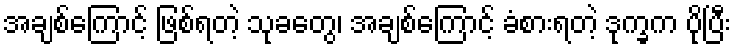
အချစ်ကြောင့် ဖြစ်ရတဲ့ သုခတွေ၊ အချစ်ကြောင့် ခံစားရတဲ့ ဒုက္ခက ပိုပြီး